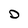
Character: D